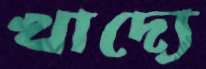
খাদ্যে